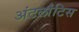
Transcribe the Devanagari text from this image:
अंटलांटिस